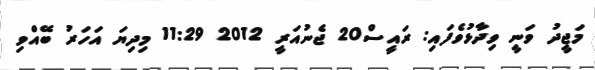
މަޖީދު ވަނީ ވިދާޅުވެފައި: ރައީސް20 ޖެނުއަރީ 2012 11:29 މިދިޔަ އަހަރު ބޭއްވި